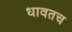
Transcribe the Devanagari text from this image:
धावतच